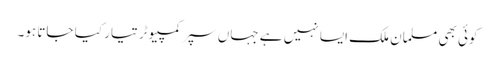
کوئی بھی مسلمان ملک ایسا نہیں ہے جہاں سپر کمپیوٹر تیار کیا جاتا ہو۔